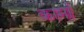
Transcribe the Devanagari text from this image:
कार्मां